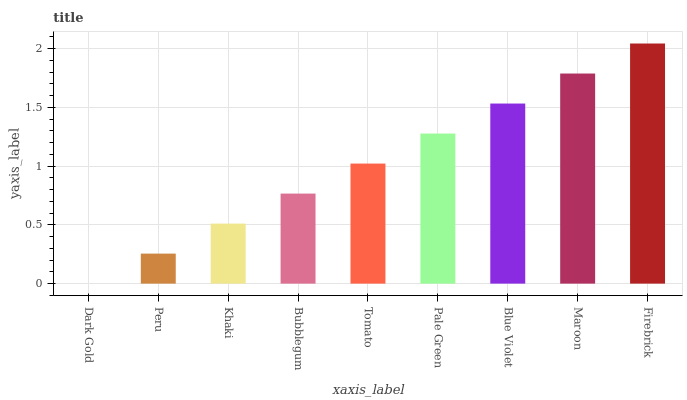
| xaxis_label | bars |
 | --- | --- |
 | Dark Gold | 0 |
 | Peru | 0.255 |
 | Khaki | 0.511 |
 | Bubblegum | 0.766 |
 | Tomato | 1.02 |
 | Pale Green | 1.28 |
 | Blue Violet | 1.53 |
 | Maroon | 1.79 |
 | Firebrick | 2.04 |